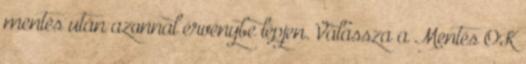
mentés után azonnal érvénybe lépjen. Válassza a Mentés OK